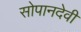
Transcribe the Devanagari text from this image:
सोपानदेवी